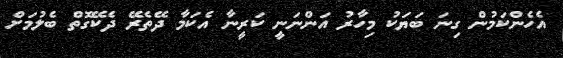
އެހެންކަމުން ގިނަ ބަޔަކު މިހާރު އަންނަނީ ކަރީނާ އެކަމާ ދޭތެރޭ ދެކޭގޮތް ބެލުމަށް